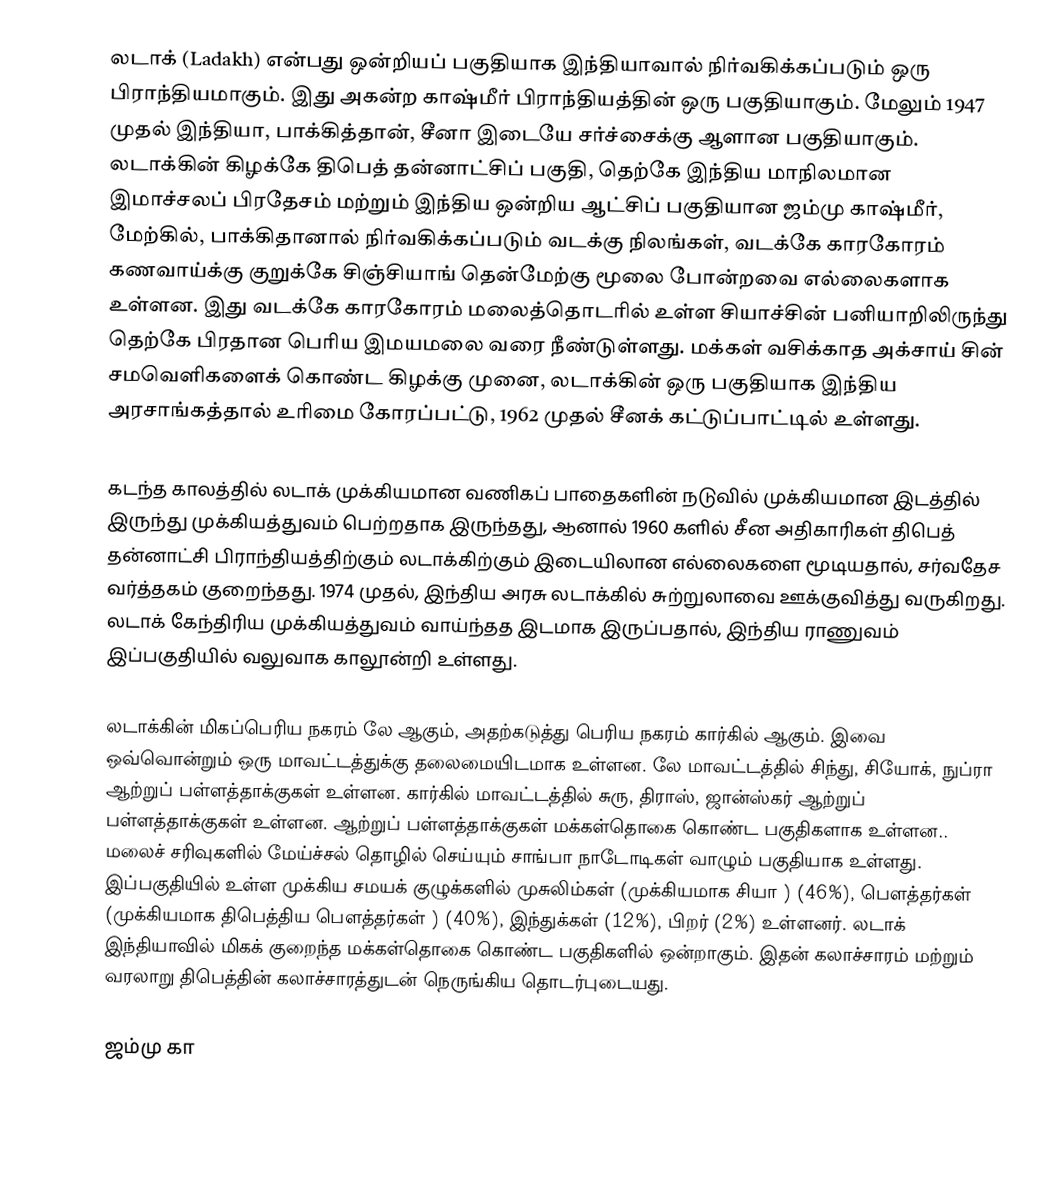
லடாக் (Ladakh)  என்பது  ஒன்றியப் பகுதியாக இந்தியாவால் நிர்வகிக்கப்படும் ஒரு பிராந்தியமாகும்.  இது அகன்ற காஷ்மீர் பிராந்தியத்தின் ஒரு பகுதியாகும். மேலும் 1947 முதல் இந்தியா, பாக்கித்தான்,  சீனா இடையே சர்ச்சைக்கு ஆளான பகுதியாகும்.   லடாக்கின் கிழக்கே திபெத் தன்னாட்சிப் பகுதி, தெற்கே இந்திய மாநிலமான இமாச்சலப் பிரதேசம் மற்றும் இந்திய ஒன்றிய ஆட்சிப் பகுதியான ஜம்மு காஷ்மீர், மேற்கில்,  பாக்கிதானால் நிர்வகிக்கப்படும் வடக்கு நிலங்கள்,  வடக்கே காரகோரம் கணவாய்க்கு குறுக்கே சிஞ்சியாங் தென்மேற்கு மூலை போன்றவை எல்லைகளாக உள்ளன. இது வடக்கே காரகோரம் மலைத்தொடரில் உள்ள சியாச்சின் பனியாறிலிருந்து தெற்கே பிரதான பெரிய இமயமலை வரை நீண்டுள்ளது.   மக்கள் வசிக்காத அக்சாய் சின் சமவெளிகளைக் கொண்ட கிழக்கு முனை, லடாக்கின் ஒரு பகுதியாக இந்திய அரசாங்கத்தால் உரிமை கோரப்பட்டு, 1962 முதல் சீனக் கட்டுப்பாட்டில் உள்ளது.

கடந்த காலத்தில் லடாக் முக்கியமான வணிகப் பாதைகளின் நடுவில் முக்கியமான இடத்தில் இருந்து  முக்கியத்துவம் பெற்றதாக இருந்தது,  ஆனால் 1960 களில் சீன அதிகாரிகள் திபெத் தன்னாட்சி பிராந்தியத்திற்கும் லடாக்கிற்கும் இடையிலான எல்லைகளை மூடியதால், சர்வதேச வர்த்தகம் குறைந்தது. 1974 முதல், இந்திய அரசு லடாக்கில் சுற்றுலாவை  ஊக்குவித்து வருகிறது. லடாக் கேந்திரிய முக்கியத்துவம் வாய்ந்தத இடமாக இருப்பதால், இந்திய ராணுவம் இப்பகுதியில் வலுவாக காலூன்றி உள்ளது.

லடாக்கின் மிகப்பெரிய நகரம் லே ஆகும், அதற்கடுத்து பெரிய நகரம் கார்கில் ஆகும். இவை ஒவ்வொன்றும் ஒரு மாவட்டத்துக்கு தலைமையிடமாக உள்ளன.  லே மாவட்டத்தில் சிந்து, சியோக், நுப்ரா ஆற்றுப் பள்ளத்தாக்குகள் உள்ளன. கார்கில் மாவட்டத்தில் சுரு, திராஸ், ஜான்ஸ்கர் ஆற்றுப் பள்ளத்தாக்குகள் உள்ளன. ஆற்றுப் பள்ளத்தாக்குகள் மக்கள்தொகை கொண்ட பகுதிகளாக உள்ளன.. மலைச் சரிவுகளில் மேய்ச்சல் தொழில் செய்யும் சாங்பா நாடோடிகள் வாழும் பகுதியாக உள்ளது. இப்பகுதியில் உள்ள முக்கிய சமயக் குழுக்களில் முசுலிம்கள் (முக்கியமாக சியா ) (46%), பௌத்தர்கள் (முக்கியமாக திபெத்திய பௌத்தர்கள் ) (40%), இந்துக்கள் (12%), பிறர் (2%) உள்ளனர்.   லடாக் இந்தியாவில் மிகக் குறைந்த மக்கள்தொகை கொண்ட பகுதிகளில் ஒன்றாகும். இதன் கலாச்சாரம் மற்றும் வரலாறு திபெத்தின் கலாச்சாரத்துடன் நெருங்கிய தொடர்புடையது.

ஜம்மு கா